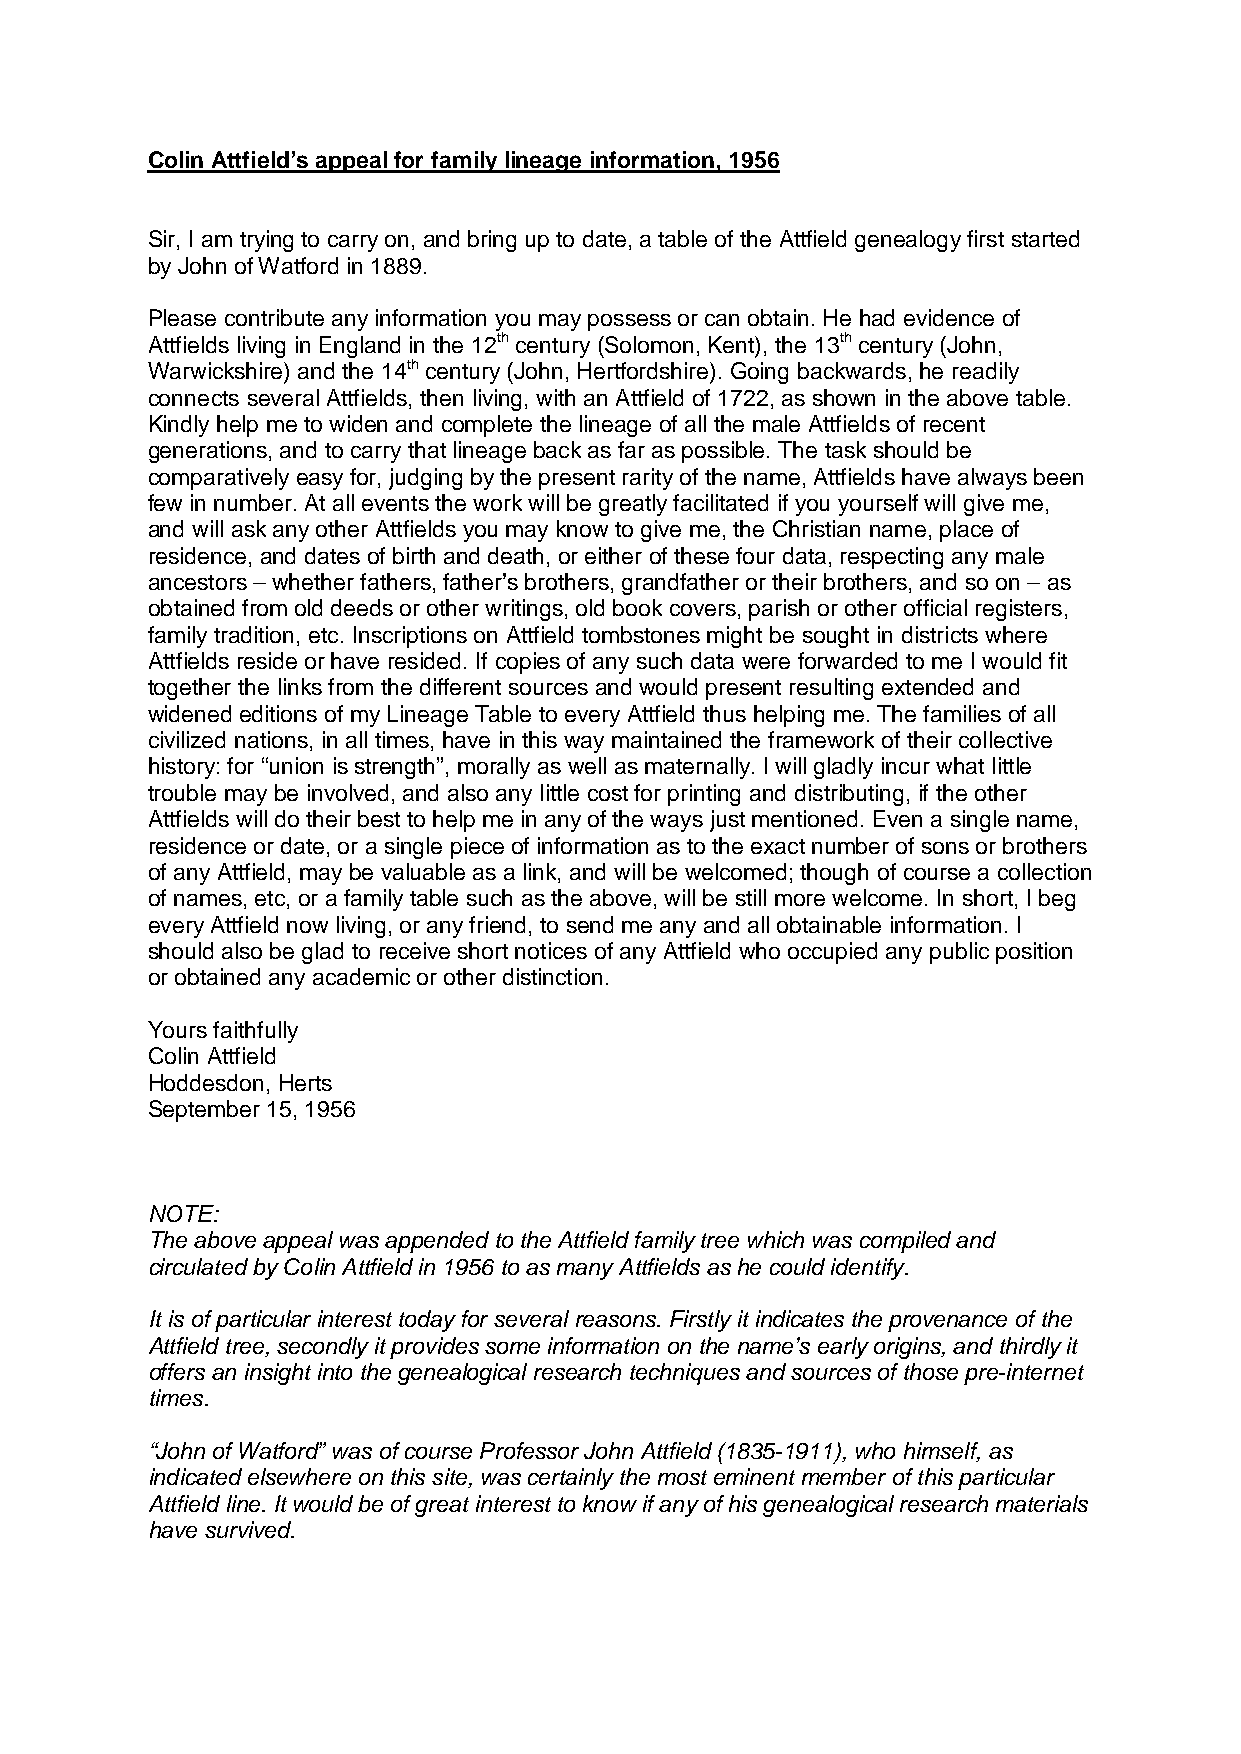
Colin Attfield’s appeal for family lineage information, 1956
 Sir, I am trying to carry on, and bring up to date, a table of the Attfield genealogy first started
 by John of Watford in 1889.
 Please contribute any information you may possess or can obtain. He had evidence of
 Attfields living in England in the 12th century (Solomon, Kent), the 13th century (John,
 Warwickshire) and the 14th century (John, Hertfordshire). Going backwards, he readily
 connects several Attfields, then living, with an Attfield of 1722, as shown in the above table.
 Kindly help me to widen and complete the lineage of all the male Attfields of recent
 generations, and to carry that lineage back as far as possible. The task should be
 comparatively easy for, judging by the present rarity of the name, Attfields have always been
 few in number. At all events the work will be greatly facilitated if you yourself will give me,
 and will ask any other Attfields you may know to give me, the Christian name, place of
 residence, and dates of birth and death, or either of these four data, respecting any male
 ancestors – whether fathers, father’s brothers, grandfather or their brothers, and so on – as
 obtained from old deeds or other writings, old book covers, parish or other official registers,
 family tradition, etc. Inscriptions on Attfield tombstones might be sought in districts where
 Attfields reside or have resided. If copies of any such data were forwarded to me I would fit
 together the links from the different sources and would present resulting extended and
 widened editions of my Lineage Table to every Attfield thus helping me. The families of all
 civilized nations, in all times, have in this way maintained the framework of their collective
 history: for “union is strength”, morally as well as maternally. I will gladly incur what little
 trouble may be involved, and also any little cost for printing and distributing, if the other
 Attfields will do their best to help me in any of the ways just mentioned. Even a single name,
 residence or date, or a single piece of information as to the exact number of sons or brothers
 of any Attfield, may be valuable as a link, and will be welcomed; though of course a collection
 of names, etc, or a family table such as the above, will be still more welcome. In short, I beg
 every Attfield now living, or any friend, to send me any and all obtainable information. I
 should also be glad to receive short notices of any Attfield who occupied any public position
 or obtained any academic or other distinction.
 Yours faithfully
 Colin Attfield
 Hoddesdon, Herts
 September 15, 1956
 NOTE:
 The above appeal was appended to the Attfield family tree which was compiled and
 circulated by Colin Attfield in 1956 to as many Attfields as he could identify.
 It is of particular interest today for several reasons. Firstly it indicates the provenance of the
 Attfield tree, secondly it provides some information on the name’s early origins, and thirdly it
 offers an insight into the genealogical research techniques and sources of those pre-internet
 times.
 “John of Watford” was of course Professor John Attfield (1835-1911), who himself, as
 indicated elsewhere on this site, was certainly the most eminent member of this particular
 Attfield line. It would be of great interest to know if any of his genealogical research materials
 have survived.